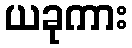
ယခုကား